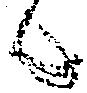
候